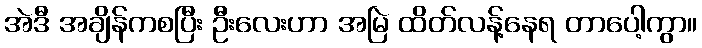
အဲဒီ အချိန်ကစပြီး ဦးလေးဟာ အမြဲ ထိတ်လန့်နေရ တာပေါ့ကွာ။